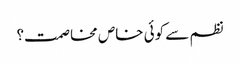
نظم سے کوئی خاص مخاصمت؟